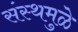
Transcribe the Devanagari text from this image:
संस्थमुळे